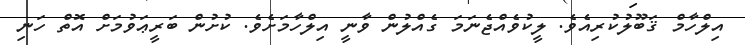
އިލްހާމް ޤަބޫލުކުރިއެވެ. ލީކުވެއްޖެނަމަ ގެއްލުން ވާނީ އިލްހާމަށެވެ. ކުށުން ބަރީޢަވުމަށް އޮތް ހަނި